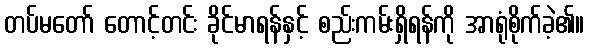
တပ်မတော် တောင့်တင်း ခိုင်မာရန်နှင့် စည်းကမ်းရှိရန်ကို အာရုံစိုက်ခဲ့၏။